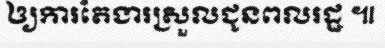
ឲ្យការតែងារស្រួលជូនពលរដ្ឋ ៕